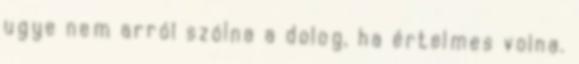
ugye nem arról szólna a dolog, ha értelmes volna.